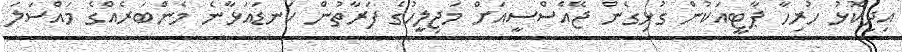
އިދިކޮޅު ހުރިހާ ޕާޓީއަކުން ގުޅިގެން ޖޭއެސްސީއަށް މަޖިލީހުގެ ފަރާތުން ކަނޑައަޅާނެ މެންބަރެއްގެ މައްސަލަ